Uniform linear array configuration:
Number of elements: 12
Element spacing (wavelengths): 0.25
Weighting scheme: blackman
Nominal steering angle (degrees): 60
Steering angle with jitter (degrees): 58.247
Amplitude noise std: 0.05
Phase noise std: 0.05

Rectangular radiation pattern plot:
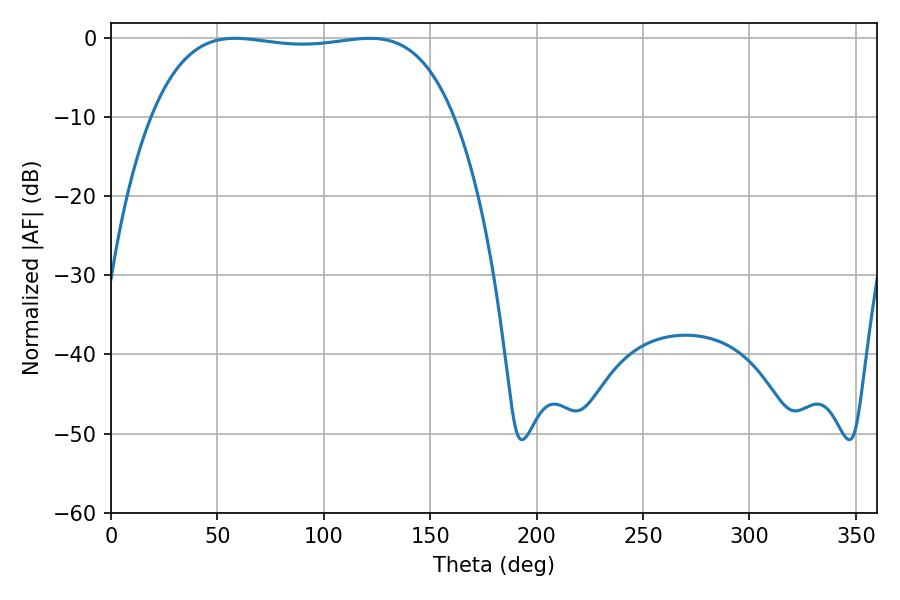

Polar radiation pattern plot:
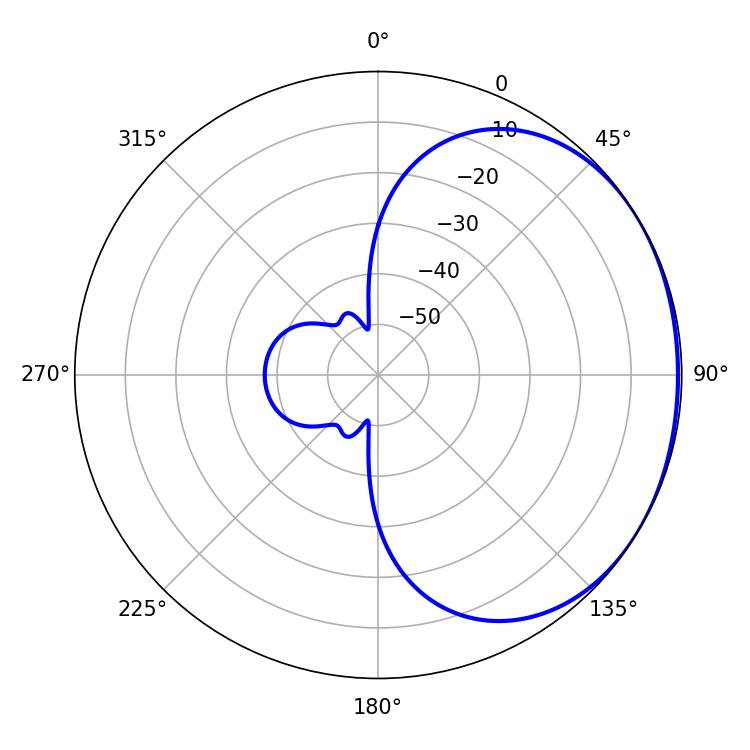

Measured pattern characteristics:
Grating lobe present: FALSE
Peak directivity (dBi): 1.097
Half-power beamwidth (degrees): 112.68
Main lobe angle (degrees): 58.32